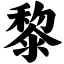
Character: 黎